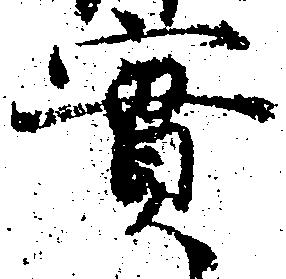
実